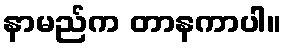
နာမည်က တာနကာပါ။